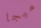
ميجا